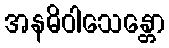
အနဓိဝါသေန္တော